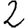
Digit: 2